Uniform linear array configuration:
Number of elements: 32
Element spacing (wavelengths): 0.75
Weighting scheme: uniform
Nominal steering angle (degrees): -30
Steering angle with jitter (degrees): -30.857
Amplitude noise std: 0.05
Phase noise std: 0.05

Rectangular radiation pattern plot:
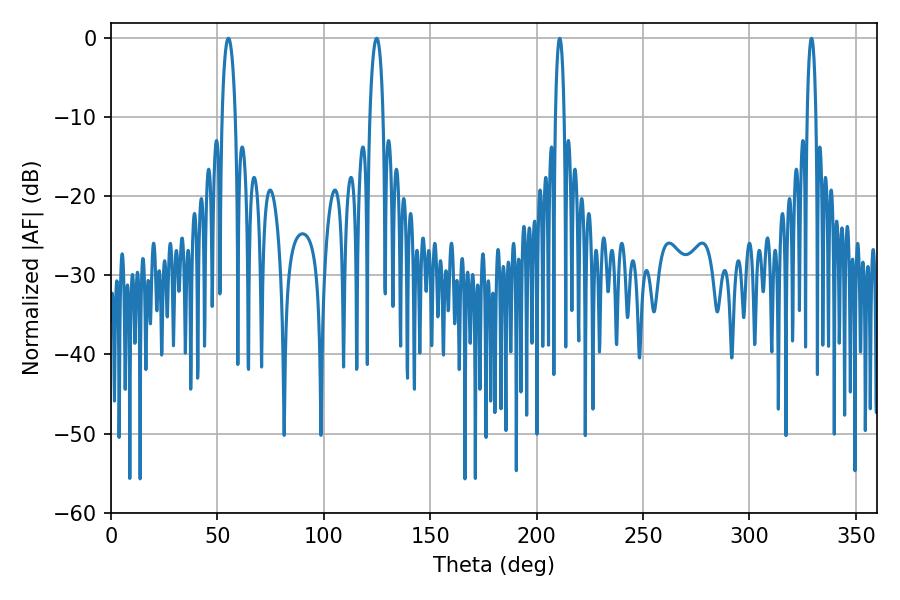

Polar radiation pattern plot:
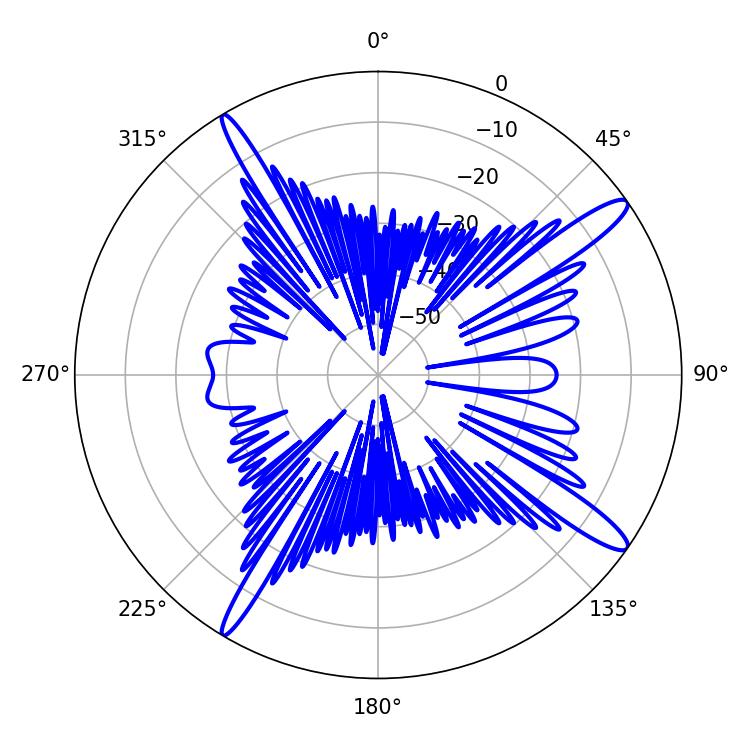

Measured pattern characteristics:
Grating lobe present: TRUE
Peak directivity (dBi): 14.62
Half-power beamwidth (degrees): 3.42
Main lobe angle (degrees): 55.08